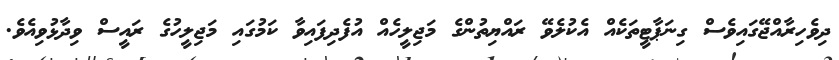
ދިވެހިރާއްޖޭގައިވެސް ގިނަޕާޓީތަކެއް އެކުލެވޭ ރައްޔިތުންގެ މަޖިލީހެއް އުފެދިފައިވާ ކަމުގައި މަޖިލީހުގެ ރައީސް ވިދާޅުވިއެވެ.